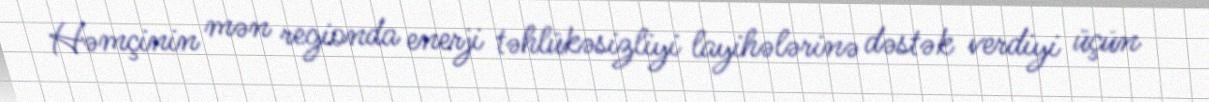
Həmçinin mən regionda enerji təhlükəsizliyi layihələrinə dəstək verdiyi üçün